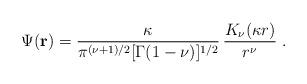
LaTeX: \begin{align*}\Psi ({\bf r})=\frac{\kappa}{ \pi^{(\nu+1)/2} [\Gamma (1-\nu) ]^{1/2} } \,\frac{K_{\nu} (\kappa r)}{r^{\nu} }\; .\end{align*}